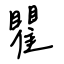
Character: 瞿